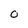
Character: O